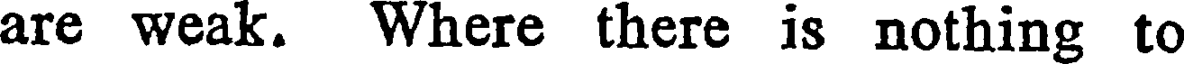
are weak. Where there is nothing to